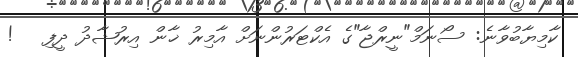
ކާމިޔާބުވާނެ: ސޯނަމް"ނީރްޖާ"ގެ އެކްޓަރުންނަށް އާމިރު ޚާން އިރުޝާދު ދީފި   !